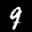
Label: 9